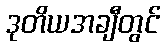
ဒုတိယအချီတွင်